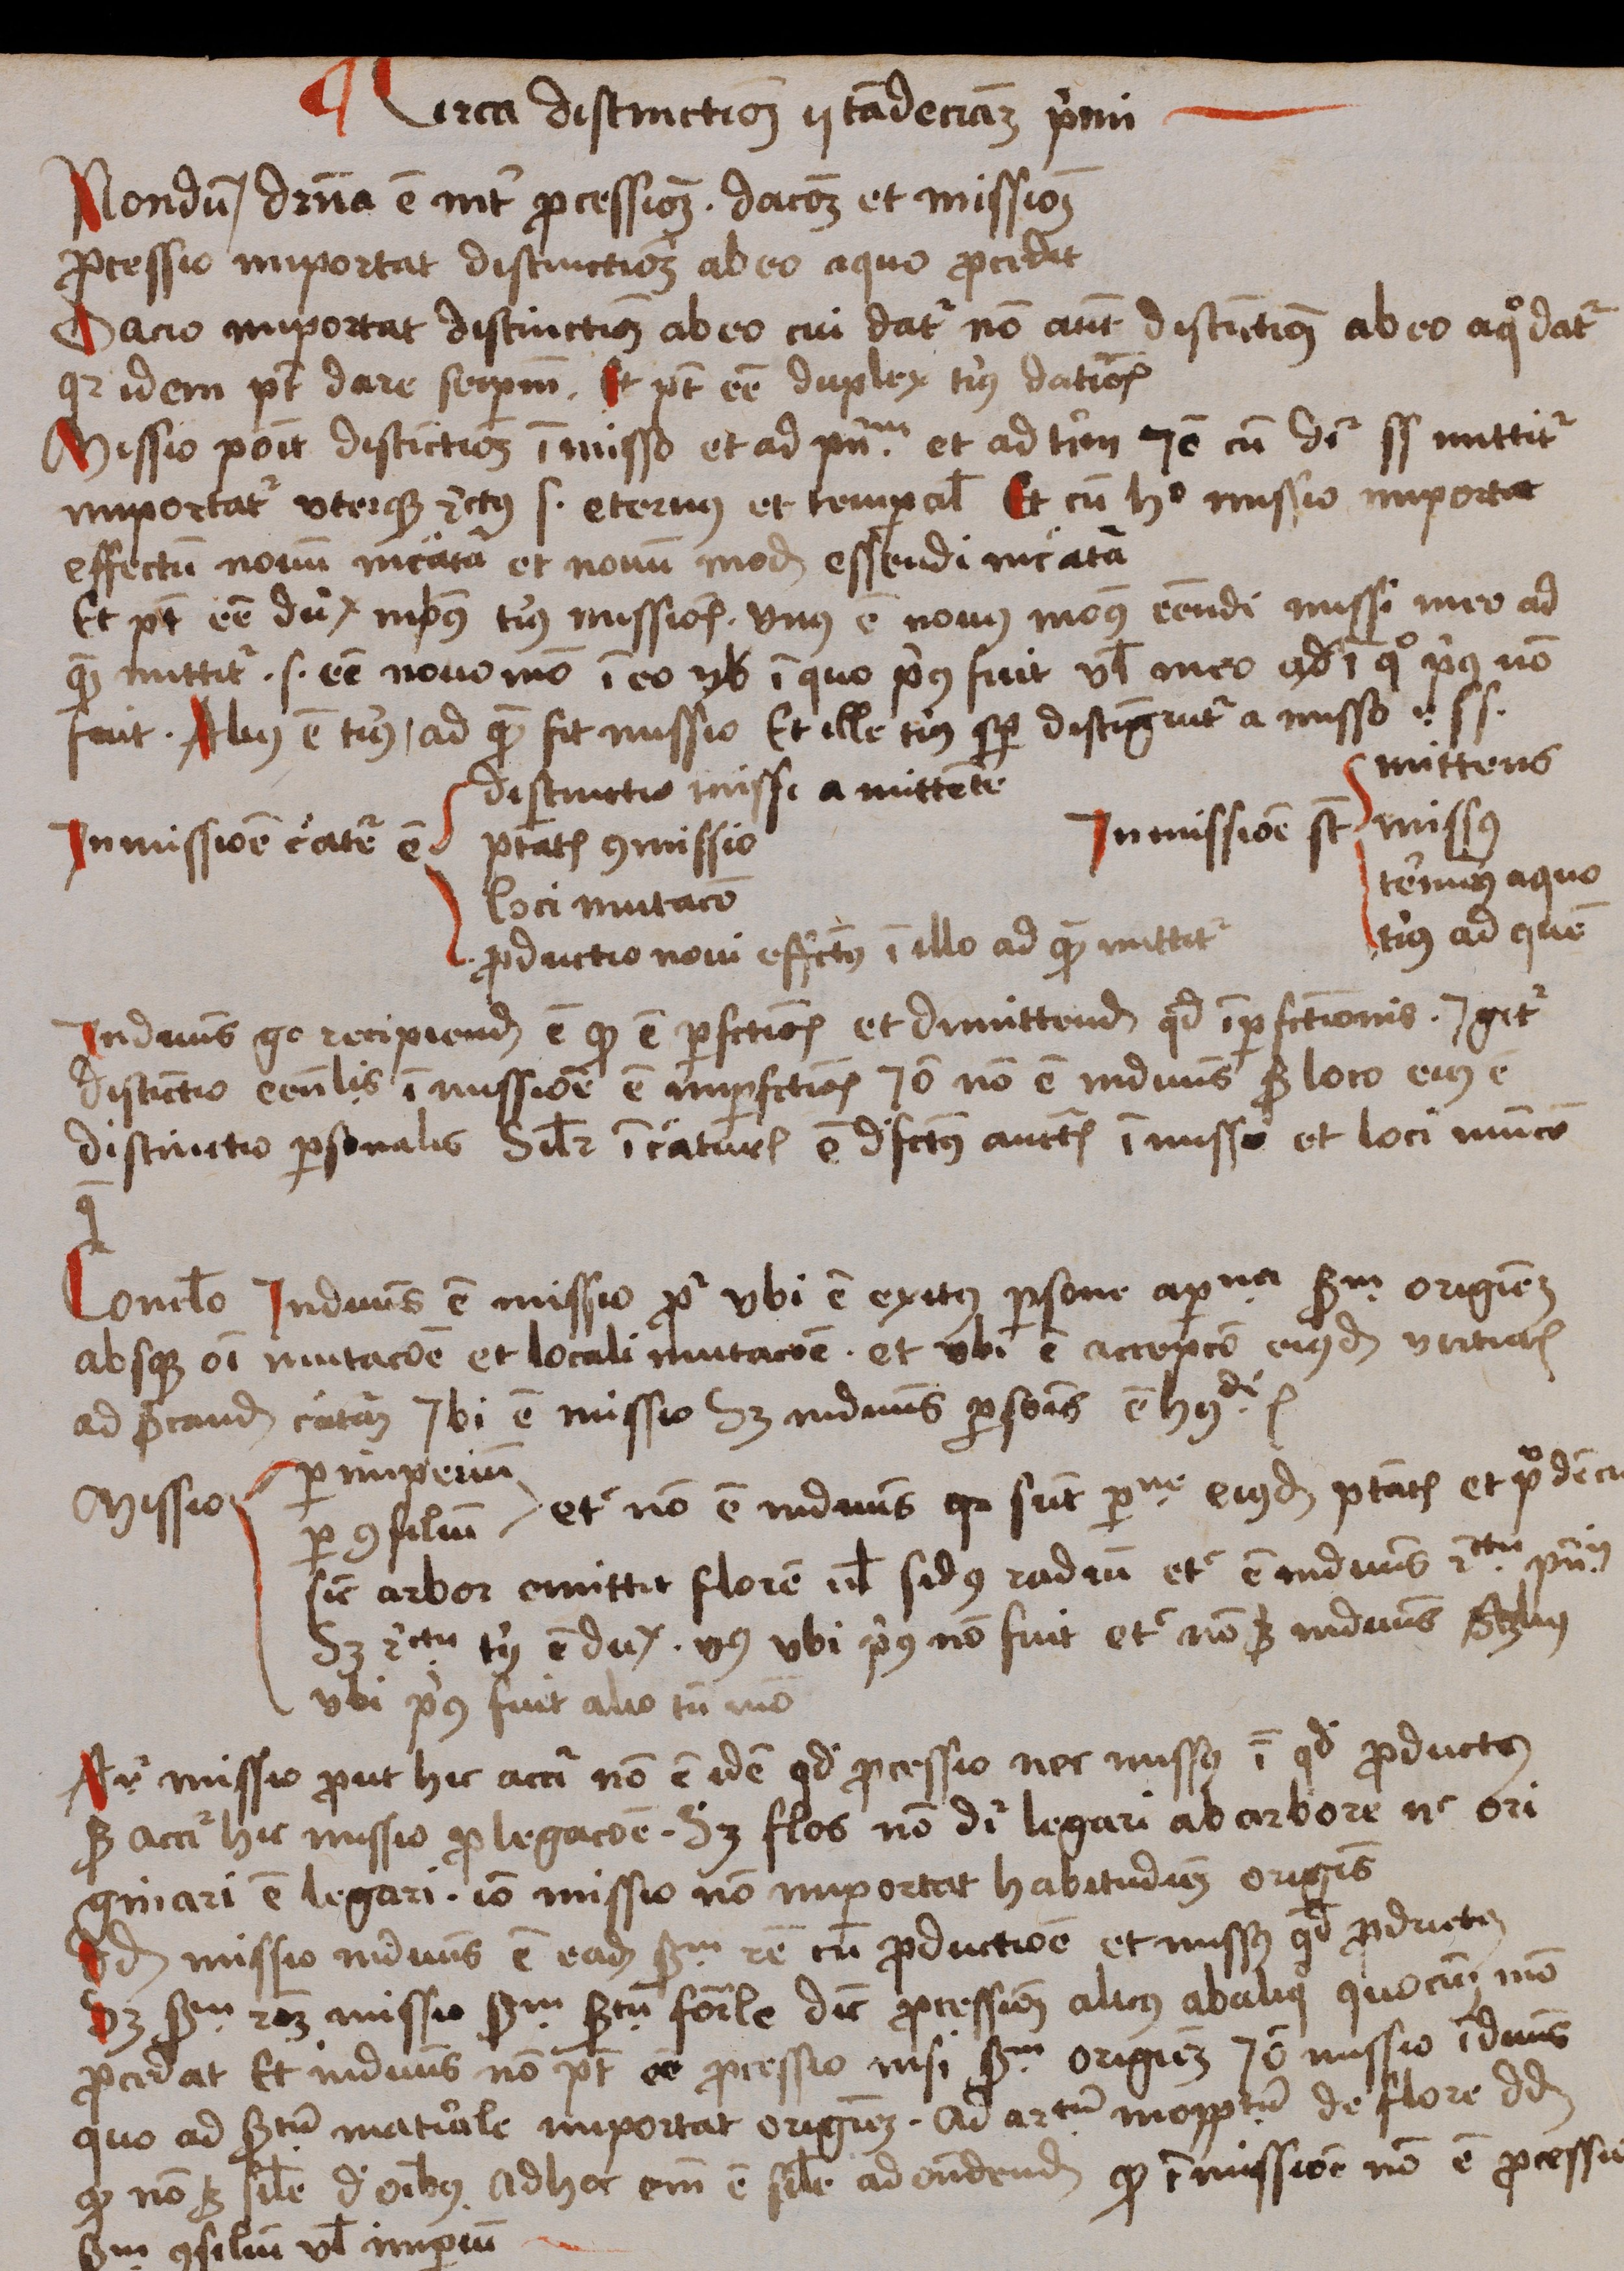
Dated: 1488–1488